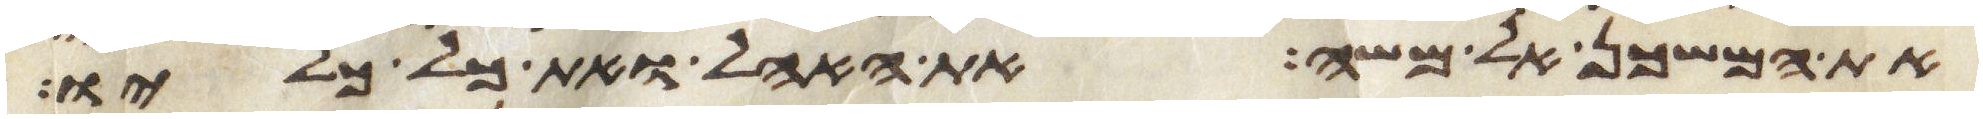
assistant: את המשכן אל משה את האהל ואת כל כליו